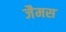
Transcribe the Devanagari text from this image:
जैमस